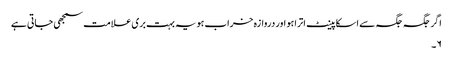
اگر جگہ جگہ سے اسکا پینٹ اترا ہو اور دروازہ خراب ہو یہ بہت بری علامت سمجھی جاتی ہے
۶۔